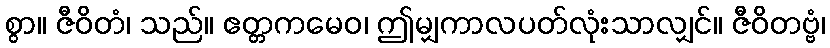
စွာ။ ဇီဝိတံ၊ သည်။ ဧတ္တကမေဝ၊ ဤမျှကာလပတ်လုံးသာလျှင်။ ဇီဝိတဗ္ဗံ၊